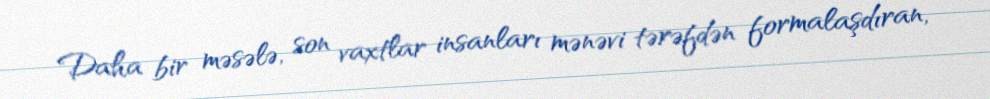
Daha bir məsələ, son vaxtlar insanları mənəvi tərəfdən formalaşdıran,